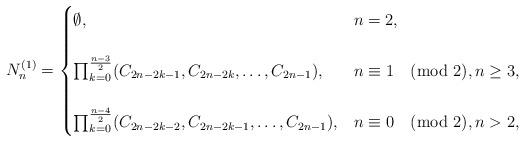
LaTeX: \begin{align*}N_{n}^{(1)} =\begin{cases} \emptyset, & n=2, \\ \\ \prod_{k=0}^{\frac{n-3}{2}}(C_{2n-2k-1}, C_{2n-2k}, \ldots, C_{2n-1}), & n \equiv 1 \pmod2, n\geq3, \\ \\ \prod_{k=0}^{\frac{n-4}{2}}(C_{2n-2k-2}, C_{2n-2k-1},\ldots, C_{2n-1}), & n\equiv 0 \pmod 2, n > 2, \end{cases}\end{align*}